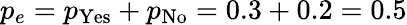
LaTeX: p_{e}=p_{\mathrm{Yes}}+p_{\mathrm{No}}=0.3+0.2=0.5